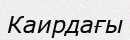
Каирдағы